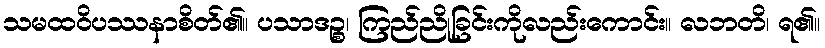
သမထဝိပဿနာစိတ်၏။ ပသာဒဉ္စ၊ ကြည်ညိုခြင်းကိုလည်းကောင်း။ လဘတိ၊ ရ၏။